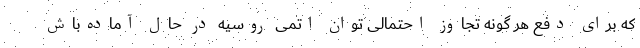
که برای دفع هر گونه تجاوز احتمالی توان اتمی روسیه در حال آماده‌باش